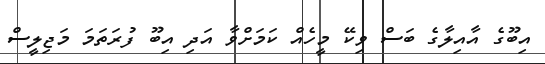
އިބޫގެ އާއިލާގެ ބަސް ވިކޭ މީހެއް ކަމަށްވާ އަދި އިބޫ ފުރަތަމަ މަޖިލީސް